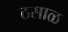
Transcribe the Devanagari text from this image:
ठसाळ